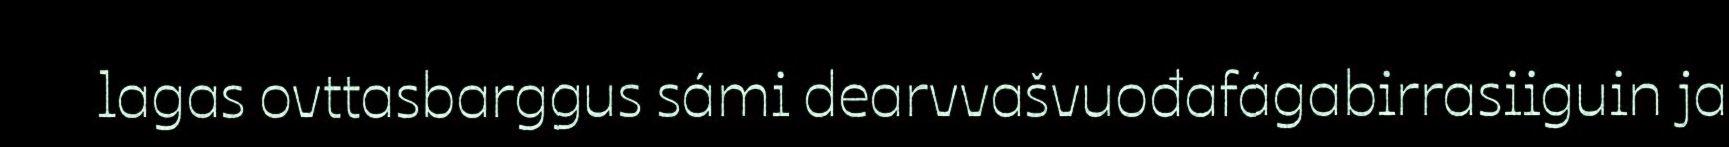
lagas ovttasbarggus sámi dearvvašvuođafágabirrasiiguin ja